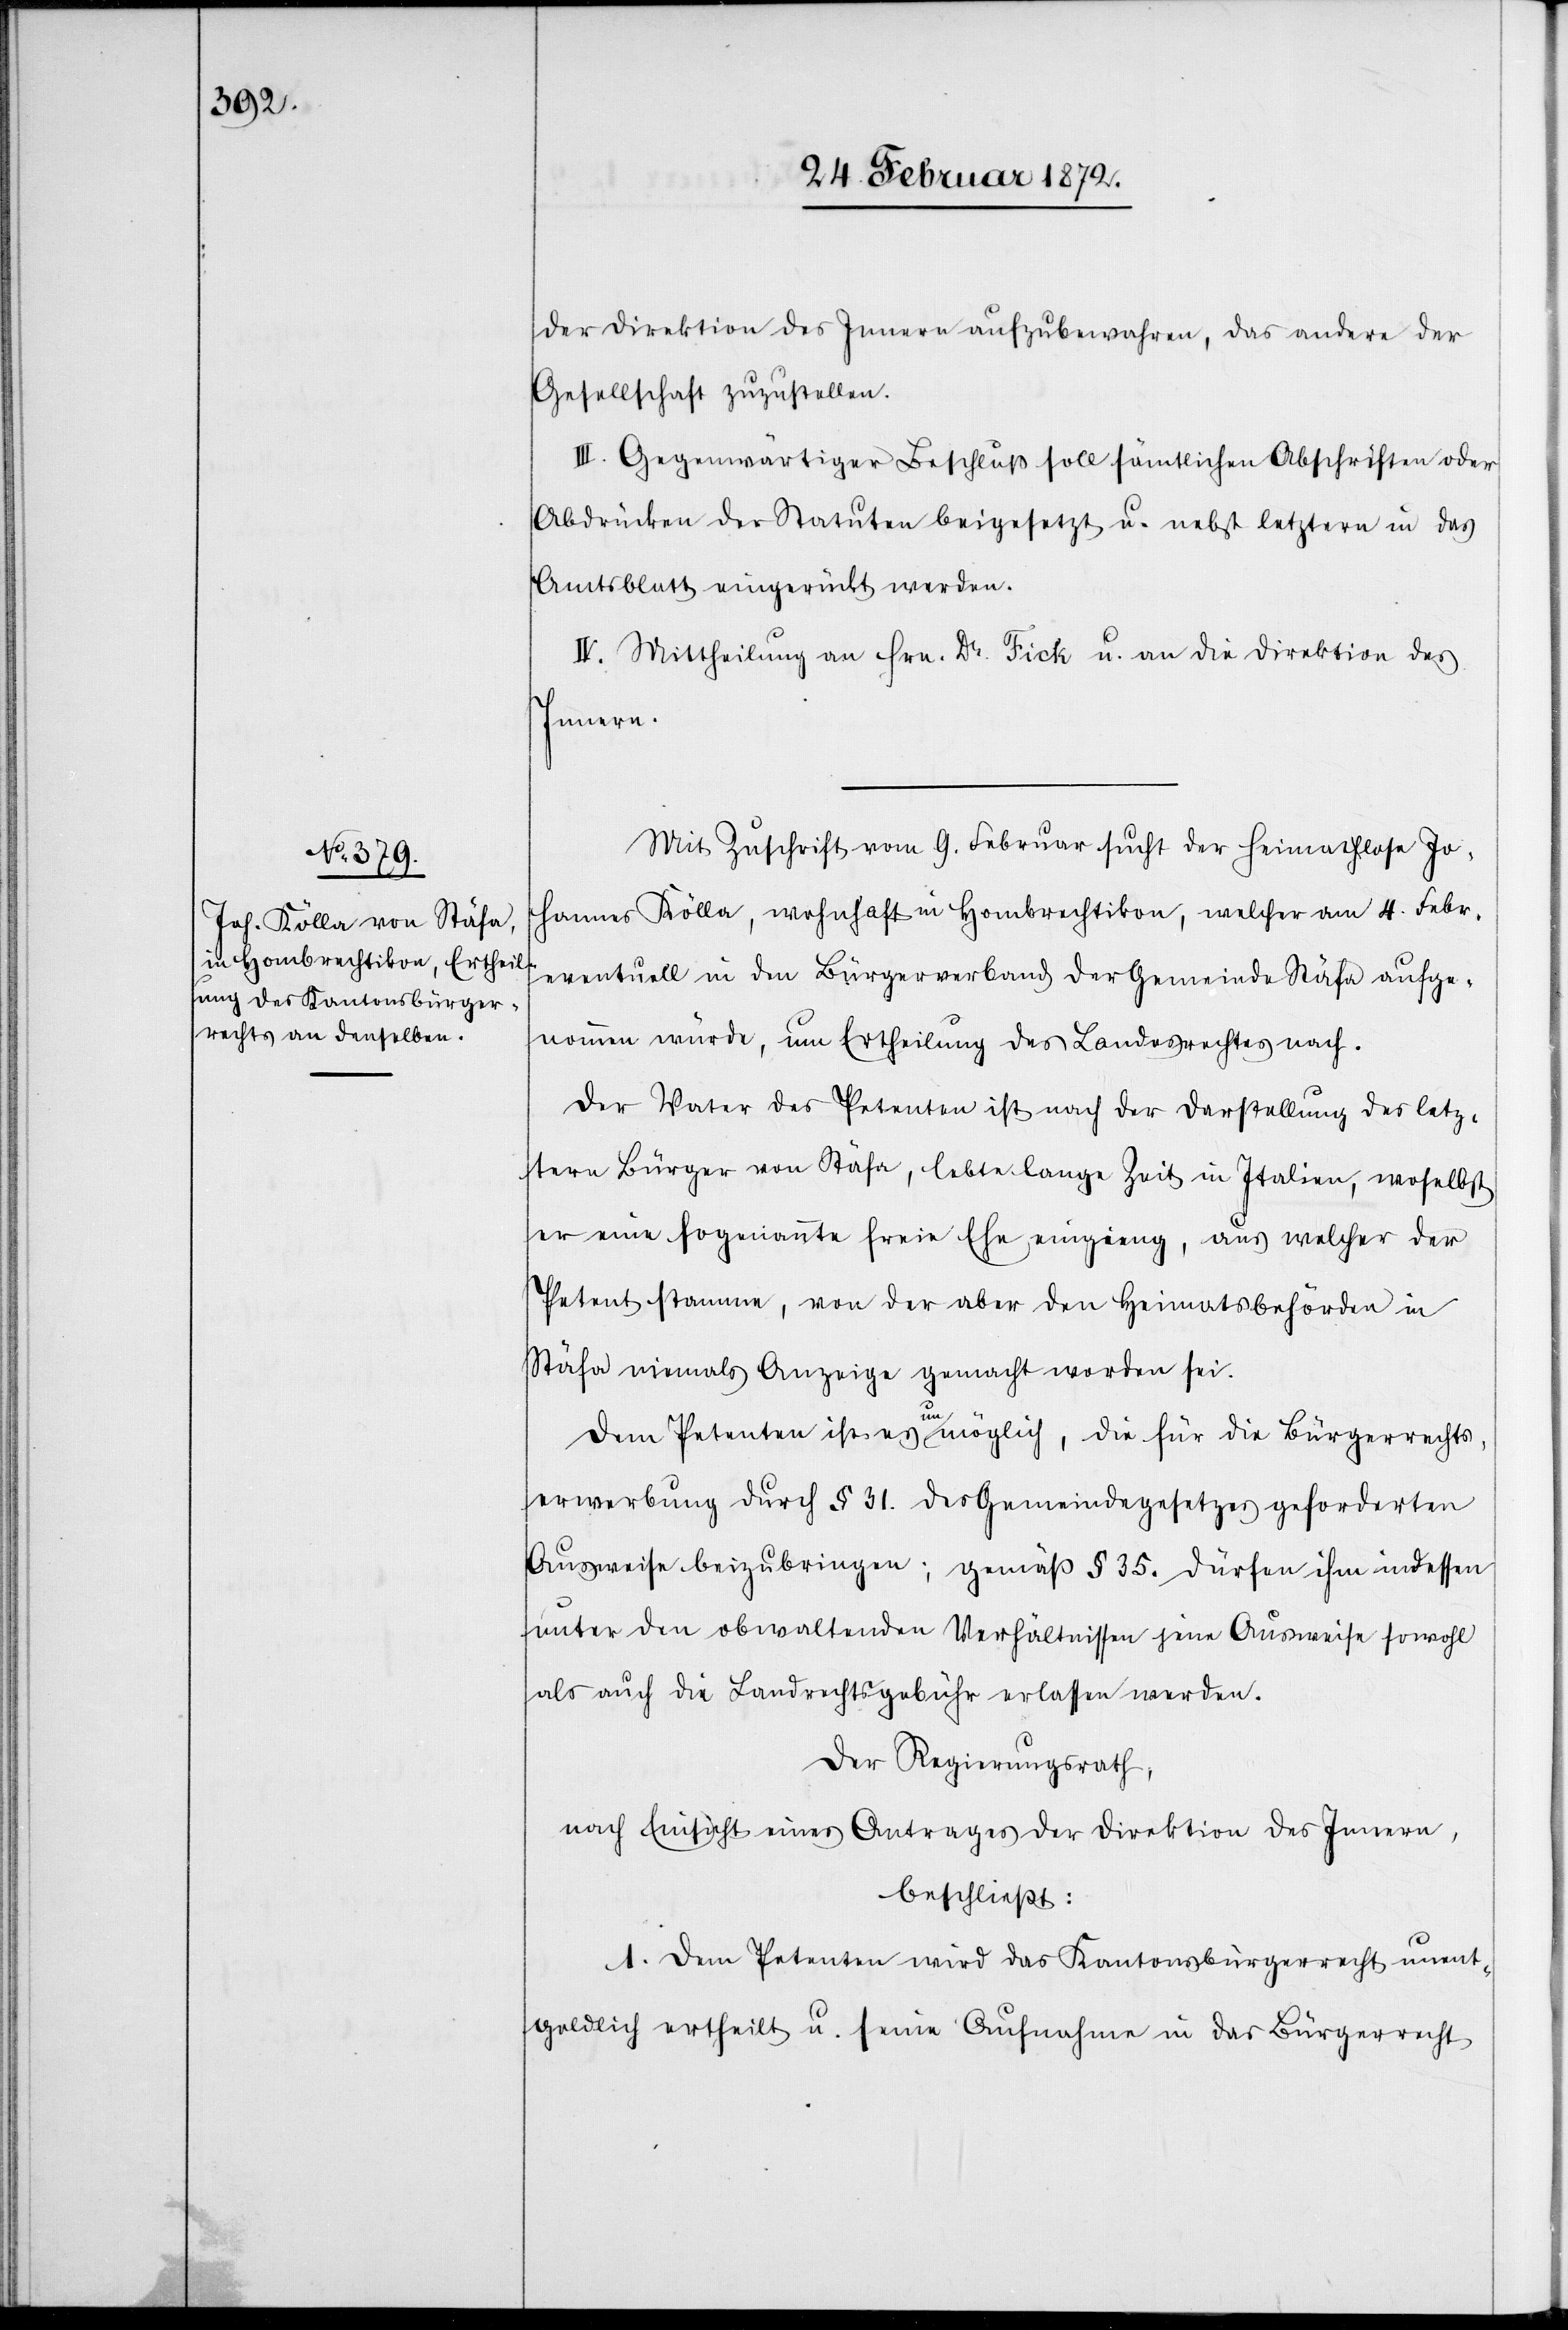
der Direktion des Innern aufzubewahren, das andere der
Gesellschaft zuzustellen.
III. Gegenwärtiger Beschluß soll sämtlichen Abschriften oder
Abdrücken der Statuten beigesetzt u. nebst letztere in das
Amtsblatt eingerückt werden.
IV. Mittheilung an Hrn. Dr. Fick u. an die Direktion des
Innern.
Mit Zuschrift vom 9. Februar sucht der heimatlose Jo¬
hannes Kölla, wohnhaft in Hombrechtikon, welcher am 4. Febr.
eventuell in den Bürgerverband der Gemeinde Stäfa aufge¬
nommen wurde, um Ertheilung des Landrechtes nach.
Der Vater des Petenten ist nach der Darstellung des letz¬
tern Bürger von Stäfa, lebte lange Zeit in Italien, woselbst
er eine sogenannte freie Ehe einging, aus welcher der
Petent stamme, von der aber den Heimatsbehörden in
Stäfa niemals Anzeige gemacht worden sei.
Dem Petenten ist es unmöglich, die für die Bürgerrechts¬
erwerbung durch § 31. des Gemeindegesetzes geforderten
Ausweise beizubringen; gemäß § 35. dürfen ihm indessen
unter den obwaltenden Verhältnissen jene Ausweise sowohl
als auch die Landrechtsgebühr erlassen werden.
Der Regierungsrath,
nach Einsicht eines Antrages der Direktion des Innern,
beschließt:
1. Dem Petenten wird das Kantonsbürgerrecht unent¬
geldlich ertheilt u. seine Aufnahme in das Bürgerrecht